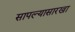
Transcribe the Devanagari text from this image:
सापल्यासारखा